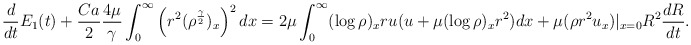
\begin{align*}\frac{d}{dt}E_1(t)+\frac{Ca}{2}\frac{4\mu}{\gamma}\int_0^\infty\left(r^2(\rho^{\frac{\gamma}{2}})_x\right)^2dx=2\mu\int_0^\infty(\log\rho)_xru(u+\mu(\log\rho)_xr^2)dx+\mu(\rho r^2u_x)|_{x=0}R^2\frac{dR}{dt}.\end{align*}